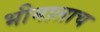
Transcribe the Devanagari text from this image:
भीमालाच